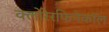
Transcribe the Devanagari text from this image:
क्लोरेरफिनेकॉल